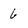
Character: 6